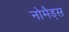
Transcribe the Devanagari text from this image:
नोमैड्स